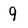
Character: 9